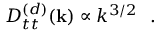
\begin{array} { r } { D _ { t t } ^ { ( d ) } ( { \bf k } ) \propto k ^ { 3 / 2 } ~ ~ . } \end{array}